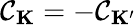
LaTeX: \mathcal{C}_{\mathbf{{K}}}=-\mathcal{C}_{\mathbf{{K^{\prime}}}}